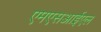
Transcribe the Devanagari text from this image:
एमएसआईएल